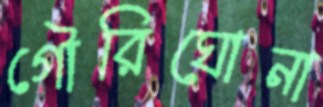
গৌরিঘোনা